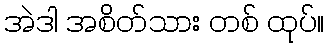
အဲဒါ အစိတ်သား တစ် ထုပ်။